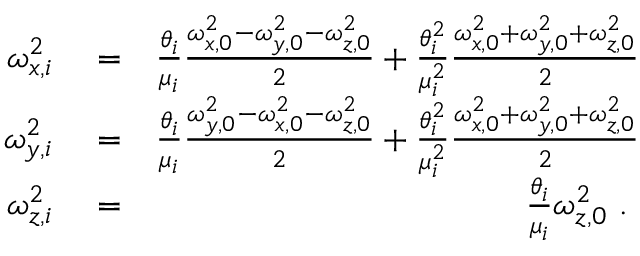
\begin{array} { r l r } { \omega _ { x , i } ^ { 2 } } & { { } = } & { \frac { \theta _ { i } } { \mu _ { i } } \frac { \omega _ { x , 0 } ^ { 2 } - \omega _ { y , 0 } ^ { 2 } - \omega _ { z , 0 } ^ { 2 } } { 2 } + \frac { \theta _ { i } ^ { 2 } } { \mu _ { i } ^ { 2 } } \frac { \omega _ { x , 0 } ^ { 2 } + \omega _ { y , 0 } ^ { 2 } + \omega _ { z , 0 } ^ { 2 } } { 2 } } \\ { \omega _ { y , i } ^ { 2 } } & { { } = } & { \frac { \theta _ { i } } { \mu _ { i } } \frac { \omega _ { y , 0 } ^ { 2 } - \omega _ { x , 0 } ^ { 2 } - \omega _ { z , 0 } ^ { 2 } } { 2 } + \frac { \theta _ { i } ^ { 2 } } { \mu _ { i } ^ { 2 } } \frac { \omega _ { x , 0 } ^ { 2 } + \omega _ { y , 0 } ^ { 2 } + \omega _ { z , 0 } ^ { 2 } } { 2 } } \\ { \omega _ { z , i } ^ { 2 } } & { { } = } & { \frac { \theta _ { i } } { \mu _ { i } } \omega _ { z , 0 } ^ { 2 } \mathrm { ~ . ~ } } \end{array}